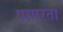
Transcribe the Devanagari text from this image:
पसारता